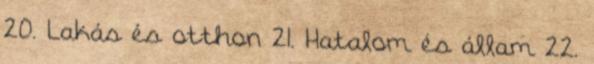
20. Lakás és otthon 21. Hatalom és állam 22.